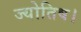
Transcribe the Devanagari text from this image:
ज्‍योतिष।